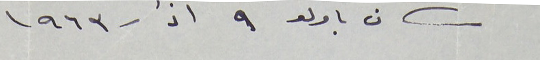
سان باولو ٩ اذار ١٩٦٣